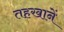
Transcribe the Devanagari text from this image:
तहखानें